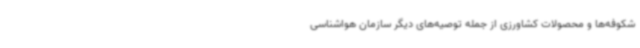
شکوفه‌ها و محصولات کشاورزی از جمله توصیه‌های دیگر سازمان هواشناسی